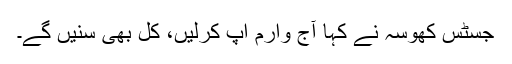
جسٹس کھوسہ نے کہا آج وارم اپ کرلیں، کل بھی سنیں گے۔